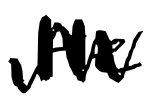
Text: He
Cross-out: mix
Writing tool: digital_black